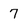
Character: 7